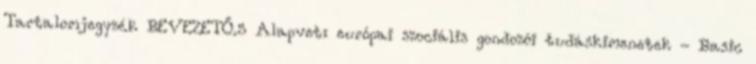
Tartalomjegyzék BEVEZETŐ.5 Alapvetı európai szociális gondozói tudáskimenetek - Basic